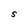
Character: S